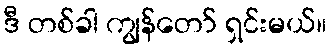
ဒီ တစ်ခါ ကျွန်တော် ရှင်းမယ်။